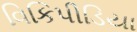
વિકિપીડિયા